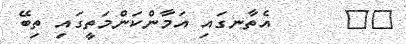
٥٥      އެތާނގައި އަމާންކަންމަތީގައި ތިބޭ